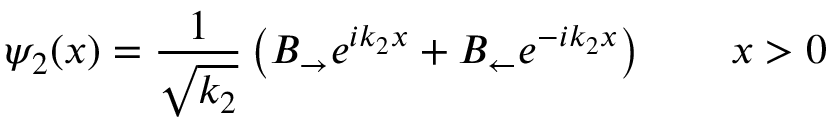
\psi _ { 2 } ( x ) = { \frac { 1 } { \sqrt { k _ { 2 } } } } \left( B _ { \rightarrow } e ^ { i k _ { 2 } x } + B _ { \leftarrow } e ^ { - i k _ { 2 } x } \right) \qquad x > 0